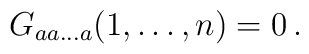
G_{aa\dots a}(1,\dots,n)=0\, .